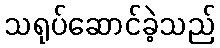
သရုပ်ဆောင်ခဲ့သည်